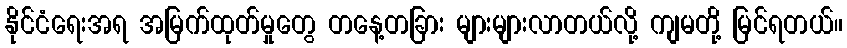
နိုင်ငံရေးအရ အမြက်ထုတ်မှုတွေ တနေ့တခြား များများလာတယ်လို့ ကျမတို့ မြင်ရတယ်။